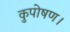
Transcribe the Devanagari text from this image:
कुपोषण।